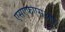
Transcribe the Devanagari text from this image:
एसएफएसआर